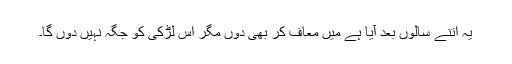
یہ اتنے سالوں بعد آیا ہے میں معاف کر بھی دوں مگر اس لڑکی کو جگہ نہیں دوں گا۔